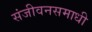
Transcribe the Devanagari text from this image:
संजीवनसमाधी